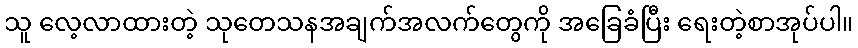
သူ လေ့လာထားတဲ့ သုတေသနအချက်အလက်တွေကို အခြေခံပြီး ရေးတဲ့စာအုပ်ပါ။